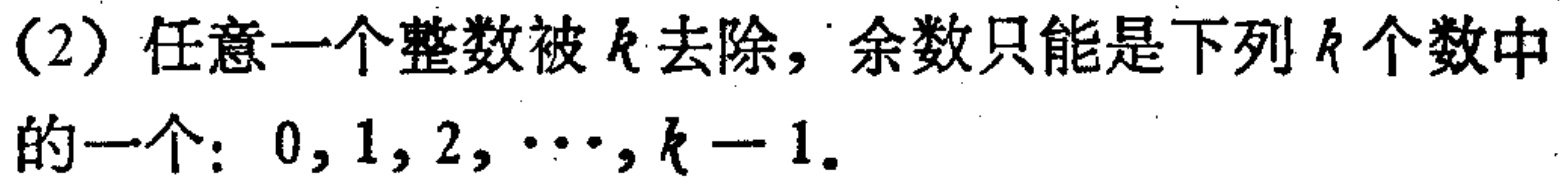
(2) 任意一个整数被\(k\)去除，余数只能是下列\(k\)个数中的一个：\(0,1,2,\cdots,k - 1\)。